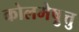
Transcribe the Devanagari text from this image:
कोलमेष़ुत्तु